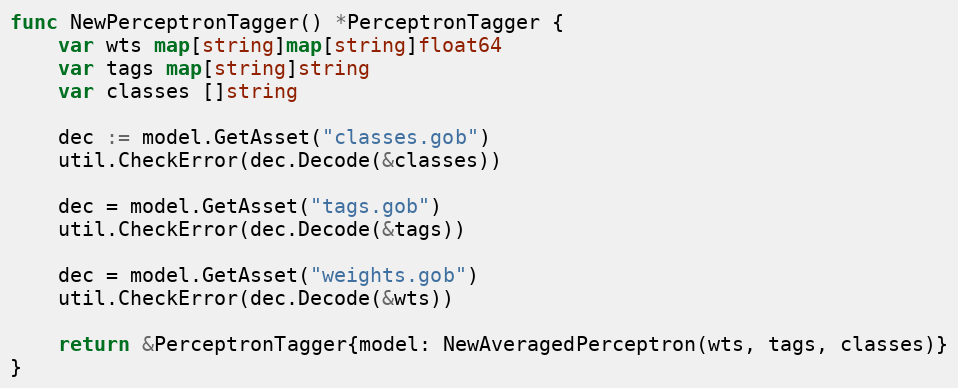
Language: Go
func NewPerceptronTagger() *PerceptronTagger {
	var wts map[string]map[string]float64
	var tags map[string]string
	var classes []string

	dec := model.GetAsset("classes.gob")
	util.CheckError(dec.Decode(&classes))

	dec = model.GetAsset("tags.gob")
	util.CheckError(dec.Decode(&tags))

	dec = model.GetAsset("weights.gob")
	util.CheckError(dec.Decode(&wts))

	return &PerceptronTagger{model: NewAveragedPerceptron(wts, tags, classes)}
}